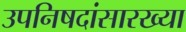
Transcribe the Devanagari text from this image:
उपनिषदांसारख्या